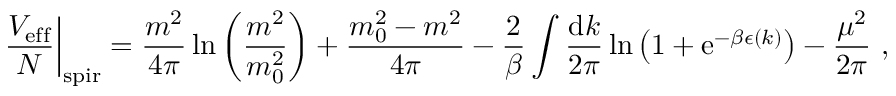
\left. \frac { { \cal V } _ { \mathrm { e f f } } } { N } \right| _ { \mathrm { s p i r } } = \frac { m ^ { 2 } } { 4 \pi } \ln \left( \frac { m ^ { 2 } } { m _ { 0 } ^ { 2 } } \right) + \frac { m _ { 0 } ^ { 2 } - m ^ { 2 } } { 4 \pi } - \frac { 2 } { \beta } \int \frac { \mathrm { d } k } { 2 \pi } \ln \left( 1 + \mathrm { e } ^ { - \beta \epsilon ( k ) } \right) - \frac { \mu ^ { 2 } } { 2 \pi } \ ,